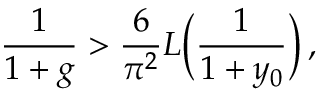
\frac { 1 } { 1 + g } > \frac { 6 } { \pi ^ { 2 } } L \Bigl ( \frac { 1 } { 1 + y _ { 0 } } \Bigr ) \, ,